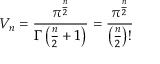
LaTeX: V _ { n } = { \frac { \pi ^ { \frac { n } { 2 } } } { \Gamma \left( { \frac { n } { 2 } } + 1 \right) } } = { \frac { \pi ^ { \frac { n } { 2 } } } { \left( { \frac { n } { 2 } } \right) ! } }